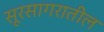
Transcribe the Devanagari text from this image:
सूरसागरातील